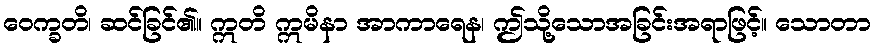
ဝေက္ခတိ၊ ဆင်ခြင်၏။ ဣတိ ဣမိနာ အာကာရေန၊ ဤသို့သောအခြင်းအရာဖြင့်။ သောတာ